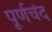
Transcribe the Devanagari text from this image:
पूर्णचंद